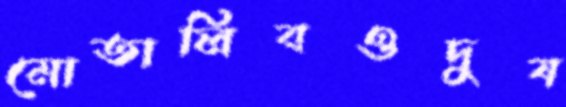
মোতালিবওদুষ